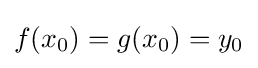
f(x_{0})=g(x_{0})=y_{0}